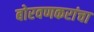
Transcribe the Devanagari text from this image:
बोरवणकरांचा